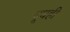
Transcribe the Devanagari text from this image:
दूधही